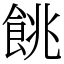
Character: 餆